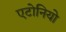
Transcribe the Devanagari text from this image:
एटोनियो